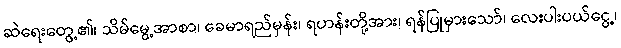
ဆဲရေးတွေ့၏၊ သိမ်မွေ့အာစာ၊ ခေမာရည်မှန်း၊ ရဟန်းတို့အား၊ ရန်ပြုမှားသော်၊ လေးပါးပယ်ငွေ့၊